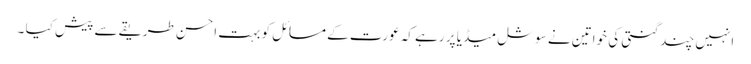
انہیں چند گنتی کی خواتین نے سوشل میڈیا پر رہے کہ عورت کے مسائل کو بہت احسن طریقے سے پیش کیا ۔